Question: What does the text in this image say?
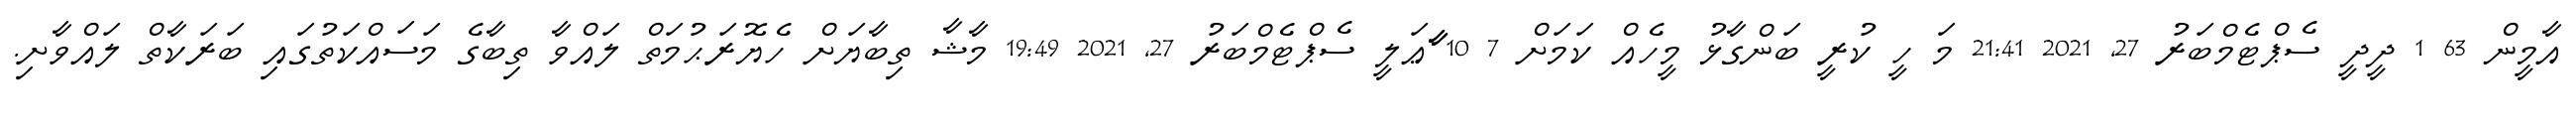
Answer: އާމީން 63 1 ދީދީ ސެޕްޓެމްބަރު 27, 2021 21:41 މަ ހީ ކުރީ ބަންގާޅު މީހެއް ކަމަށް 7 10 ާާާޢަލީ ސެޕްޓެމްބަރު 27, 2021 19:49 މާޝާ ތިބާޔަށް ހެޔޮރަޙުމަތް ލައްވާ ތިބާގެ މަސައްކަތުގައި ބަރަކާތް ލައްވާށި.